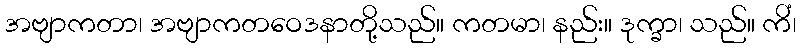
အဗျာကတာ၊ အဗျာကတဝေဒနာတို့သည်။ ကတမာ၊ နည်း။ ဒုက္ခာ၊ သည်။ ကိံ၊